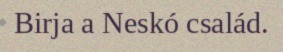
Birja a Neskó család.